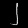
Digit: ၂